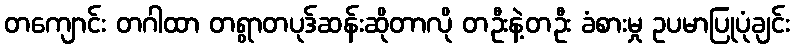
တကျောင်း တဂါထာ တရွာတပုဒ်ဆန်းဆိုတာလို တဦးနဲ့တဦး ခံစားမှု ဥပမာပြုပုံချင်း